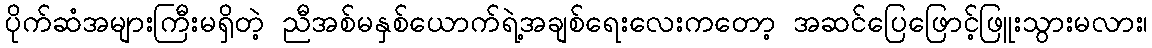
ပိုက်ဆံအများကြီးမရှိတဲ့ ညီအစ်မနှစ်ယောက်ရဲ့အချစ်ရေးလေးကတော့ အဆင်ပြေဖြောင့်ဖြူးသွားမလား၊